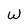
Character: W